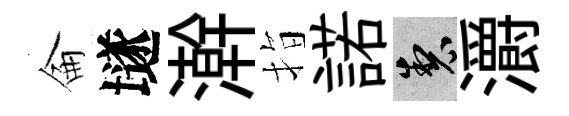
侖𡑞澣指諾製灂